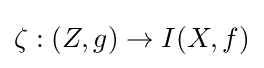
\zeta :(Z,g)\to I(X,f)